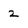
Character: 2